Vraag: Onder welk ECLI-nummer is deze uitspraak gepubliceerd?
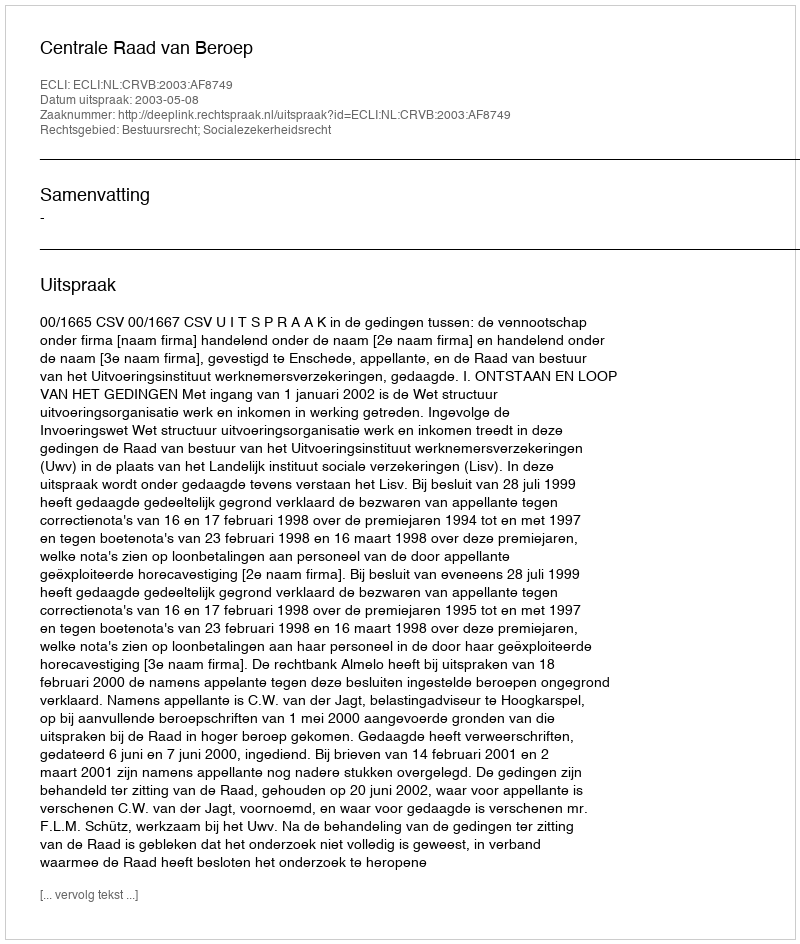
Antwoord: ECLI:NL:CRVB:2003:AF8749